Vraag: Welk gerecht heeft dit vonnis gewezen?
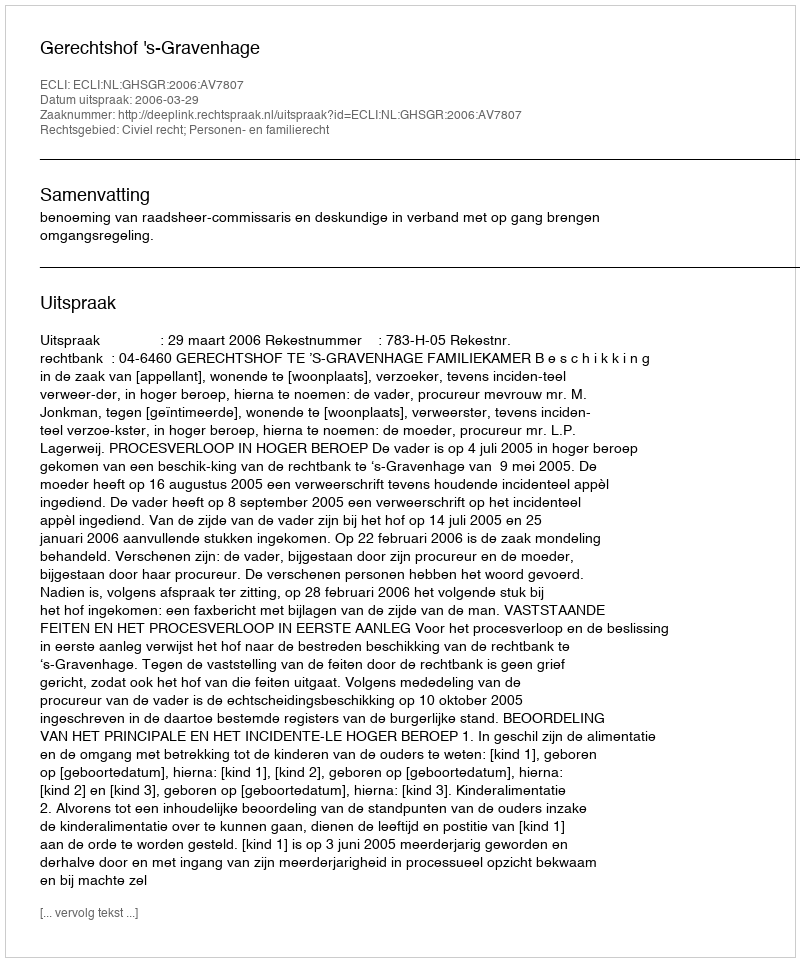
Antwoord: Gerechtshof 's-Gravenhage